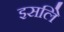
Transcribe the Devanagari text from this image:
इसलिे